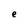
Character: e